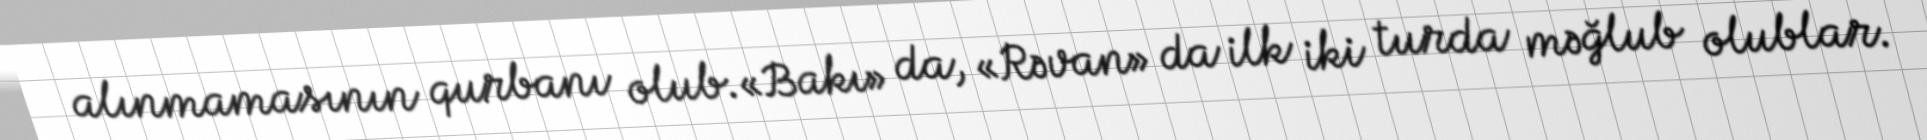
alınmamasının qurbanı olub.«Bakı» da, «Rəvan» da ilk iki turda məğlub olublar.